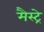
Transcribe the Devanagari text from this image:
मैस्ट्रे